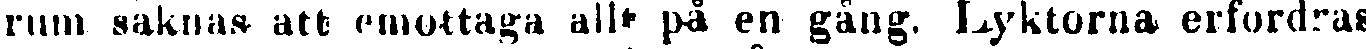
rum saknas att emottaga allt på en gång. Lyktorna erfordras